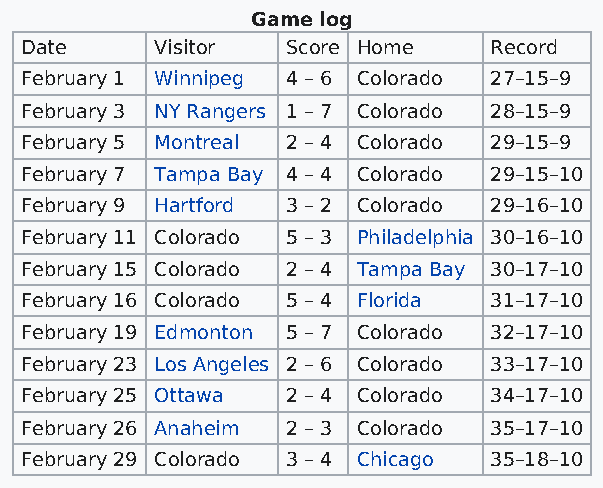
Game log
 Date     Visitor  Score Home   Record
 February 1 Winnipeg 4 – 6 Colorado 27–15–9
 February 3 NY Rangers 1 – 7 Colorado 28–15–9
 February 5 Montreal 2 – 4 Colorado 29–15–9
 February 7 Tampa Bay 4 – 4 Colorado 29–15–10
 February 9 Hartford 3 – 2 Colorado 29–16–10
 February 11 Colorado 5 – 3 Philadelphia 30–16–10
 February 15 Colorado 2 – 4 Tampa Bay 30–17–10
 February 16 Colorado 5 – 4 Florida 31–17–10
 February 19 Edmonton 5 – 7 Colorado 32–17–10
 February 23 Los Angeles 2 – 6 Colorado 33–17–10
 February 25 Ottawa 2 – 4 Colorado 34–17–10
 February 26 Anaheim 2 – 3 Colorado 35–17–10
 February 29 Colorado 3 – 4 Chicago 35–18–10